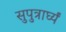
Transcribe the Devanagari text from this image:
सुपुत्रार्घ्यं